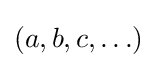
(a,b,c,\ldots )